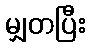
မျှတပြီး